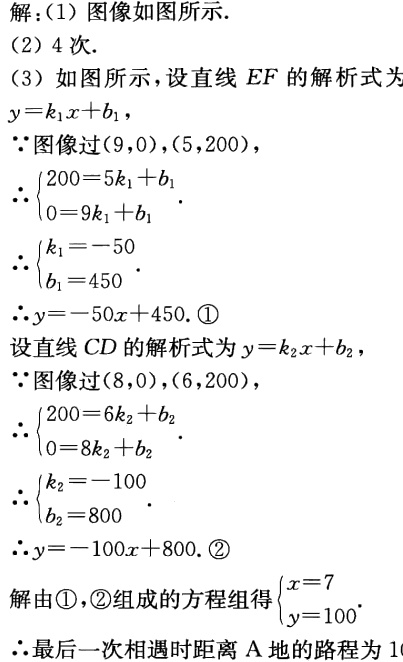
解：(1) 图像如图所示.
(2) 4次.
(3) 如图所示，设直线 \(EF\) 的解析式为 \(y = k_{1}x + b_{1}\)，
\(\because\)图像过\((9,0)\)，\((5,200)\)，
\(\therefore\begin{cases}200 = 5k_{1}+b_{1}\\0 = 9k_{1}+b_{1}\end{cases}\).
\(\therefore\begin{cases}k_{1}=-50\\b_{1}=450\end{cases}\).
\(\therefore y=-50x + 450.\ \textcircled{1}\)
设直线 \(CD\) 的解析式为 \(y = k_{2}x + b_{2}\)，
\(\because\)图像过\((8,0)\)，\((6,200)\)，
\(\therefore\begin{cases}200 = 6k_{2}+b_{2}\\0 = 8k_{2}+b_{2}\end{cases}\).
\(\therefore\begin{cases}k_{2}=-100\\b_{2}=800\end{cases}\).
\(\therefore y=-100x + 800.\ \textcircled{2}\)
解由\textcircled{1}，\textcircled{2}组成的方程组得\(\begin{cases}x = 7\\y = 100\end{cases}\).
\(\therefore\)最后一次相遇时距离\(A\)地的路程为1